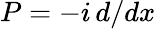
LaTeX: P=-i\, d/dx